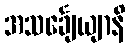
အသင်္ချေယျာနိ